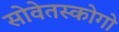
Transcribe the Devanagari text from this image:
सोवेतस्कोगो